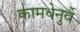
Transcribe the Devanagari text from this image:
कामधेनुर्वै